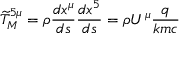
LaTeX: { \widetilde { T } } _ { M } ^ { 5 \mu } = \rho { \frac { d x ^ { \mu } } { d s } } { \frac { d x ^ { 5 } } { d s } } = \rho U ^ { \mu } { \frac { q } { k m c } }